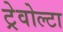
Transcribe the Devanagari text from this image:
ट्रेवोल्टा